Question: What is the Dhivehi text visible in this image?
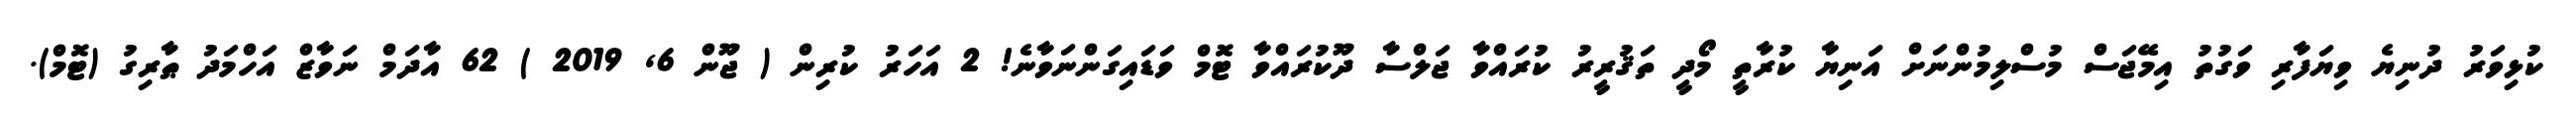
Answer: ކުޅިވަރު ދުނިޔެ ވިޔަފާރި ވަގުތު އިމޭޖަސް މުސްލިމުންނަށް އަނިޔާ ކުރާތީ މޯދީ ތަޤުރީރު ކުރައްވާ ޖަލްސާ ދޫކުރައްވާ ޓޮމް ވަޑައިގަންނަވާނެ! 2 އަހަރު ކުރިން ( ޖޫން 6, 2019 ) 62 އާދަމް ނަވާޒް އަހްމަދު ޠާރިގު (ޓޮމް).